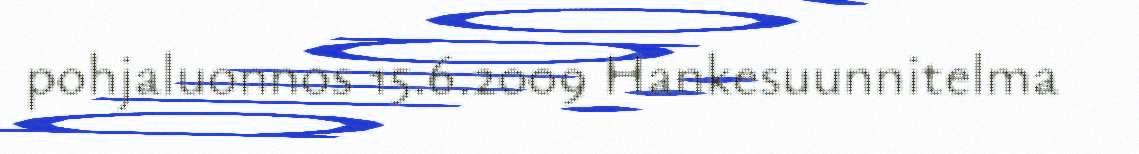
pohjaluonnos 15.6.2009 Hankesuunnitelma